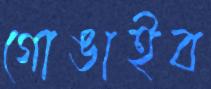
গোঙাইব